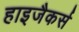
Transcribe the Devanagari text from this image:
हाइजैकर्स